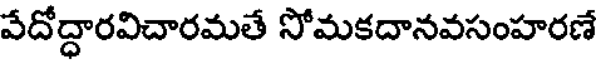
వేదోద్ధారవిచారమతే సోమకదానవసంహరణే